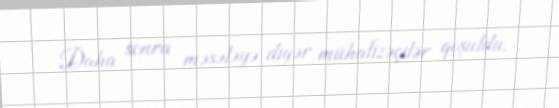
Daha sonra məsələyə digər mühafizəçilər qoşuldu.